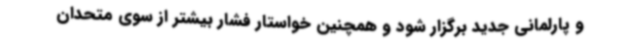
و پارلمانی جدید برگزار شود و همچنین خواستار فشار بیشتر از سوی متحدان